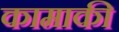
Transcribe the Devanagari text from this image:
कामाकी